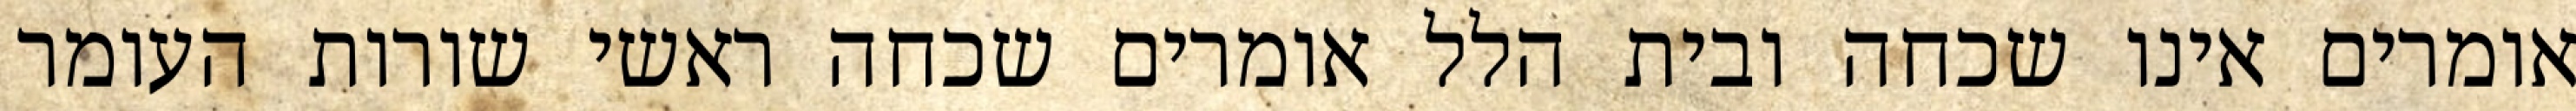
אומרים אינו שכחה ובית הלל אומרים שכחה ראשי שורות העומר